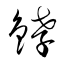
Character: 﨧